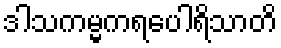
ဒါသကမ္မကရပေါရိသာတိ